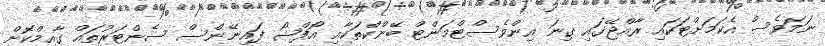
ނަމަވެސް އެކަމަށްޓަކައި ރާއްޖޭގައި ގިނަ އިންވެސްޓްމަންޓް ބޭންކްތަކާއި އޯފްޝޯ ފައިނޭންސް ސެންޓަރުތައް ގާއިމްކޮށް